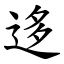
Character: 迻